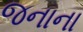
જનાના